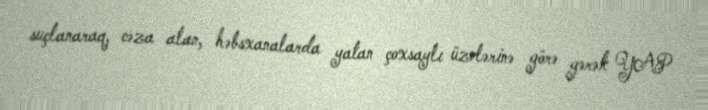
suçlanaraq, cəza alan, həbsxanalarda yatan çoxsaylı üzvlərinə görə gərək YAP